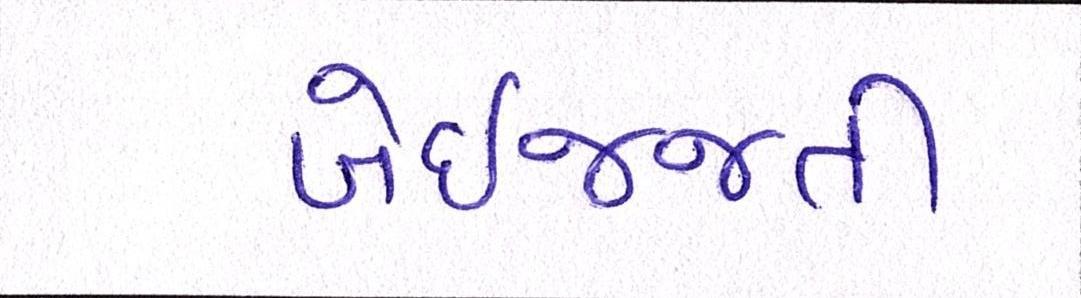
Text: બેઇજ્જતી